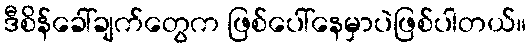
ဒီစိန်ခေါ်ချက်တွေက ဖြစ်ပေါ်နေမှာပဲဖြစ်ပါတယ်။